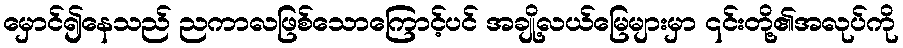
မှောင်၍နေသည် ညကာလဖြစ်သောကြောင့်ပင် အချို့လယ်မြေများမှာ ၎င်းတို့၏အလုပ်ကို